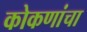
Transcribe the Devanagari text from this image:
कोकणांचा